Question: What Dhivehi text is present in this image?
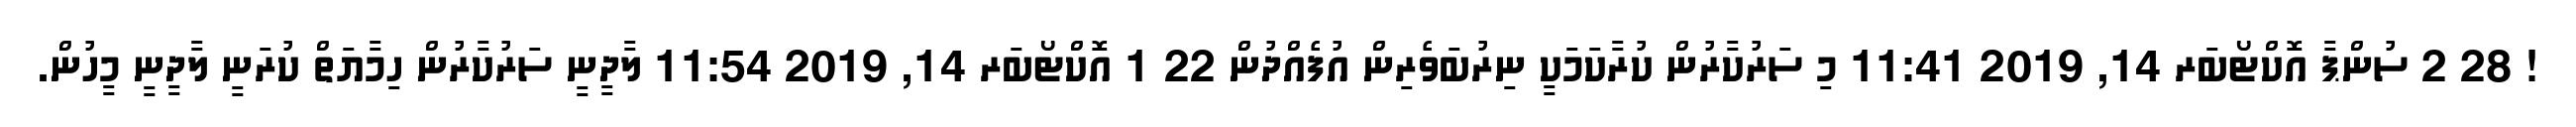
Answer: ! 28 2 ސުންޕާ އޮކްޓޯބަރ 14, 2019 11:41 މި ސަރުކާރުން ކުރާކަމަކީ ނިރުބަވެރިން އުފެއްދުން 22 1 އޮކްޓޯބަރ 14, 2019 11:54 ލާދީނީ ސަރުކާރުން ހިމާޔަތް ކުރަނީ ލާދީނީ މީހުން.